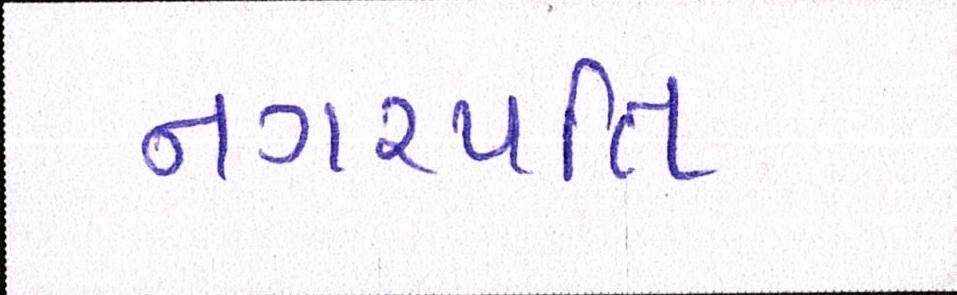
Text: નગરપતિ